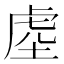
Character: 𭎭